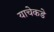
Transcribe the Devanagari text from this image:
याचेकडे